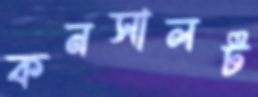
কনসালট